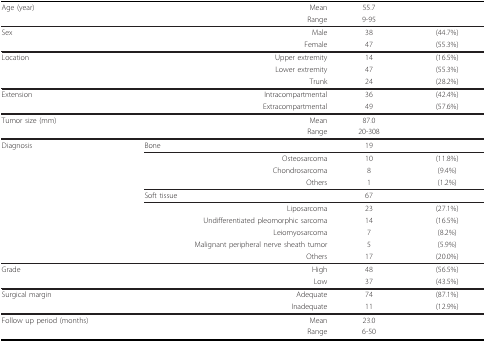
| Age (year) | Mean | 55.7 |  |
 |  | Range | 9-95 |  |
 | --- | --- | --- | --- |
 | Sex | Male | 38 | (44.7%) |
 |  | Female | 47 | (55.3%) |
 | Location | Upper extremity | 14 | (16.5%) |
 |  | Lower extremity | 47 | (55.3%) |
 |  | Trunk | 24 | (28.2%) |
 | Extension | Intracompartmental | 36 | (42.4%) |
 |  | Extracompartmental | 49 | (57.6%) |
 | Tumor size (mm) | Mean | 87.0 |  |
 |  | Range | 20-308 |  |
 | Diagnosis | Bone | 19 |  |
 |  | Osteosarcoma | 10 | (11.8%) |
 |  | Chondrosarcoma | 8 | (9.4%) |
 |  | Others | 1 | (1.2%) |
 |  | Soft tissue | 67 |  |
 |  | Liposarcoma | 23 | (27.1%) |
 |  | Undifferentiated pleomorphic sarcoma | 14 | (16.5%) |
 |  | Leiomyosarcoma | 7 | (8.2%) |
 |  | Malignant peripheral nerve sheath tumor | 5 | (5.9%) |
 |  | Others | 17 | (20.0%) |
 | Grade | High | 48 | (56.5%) |
 |  | Low | 37 | (43.5%) |
 | Surgical margin | Adequate | 74 | (87.1%) |
 |  | Inadequate | 11 | (12.9%) |
 | Follow up period (months) | Mean | 23.0 |  |
 |  | Range | 6-50 |  |